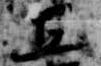
五